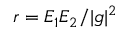
r = E _ { 1 } E _ { 2 } / | g | ^ { 2 }